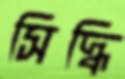
সিদ্ধি